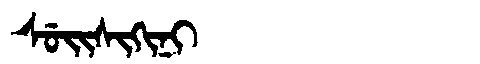
Manchu: ᠰᡠᡳᠰᡳᡴᡳᠨᡳ
Romanization: SUISIKINI